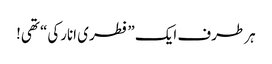
ہر طرف ایک ”فطری انارکی“ تھی!